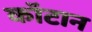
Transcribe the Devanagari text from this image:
कॉटान